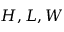
H , L , W